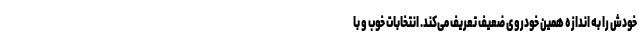
خودش را به اندازه همین خودروی ضعیف تعریف می‌کند. انتخابات خوب و با